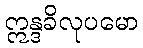
ဣန္ဒခိလုပမော